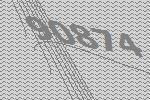
90874